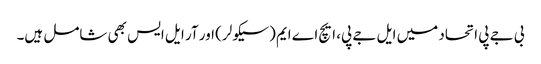
بی جے پی اتحاد میں ایل جے پی، ایچ اے ایم (سیکولر) اور آر ایل ایس بھی شامل ہیں۔